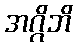
အဂ္ဂိဘိ